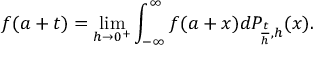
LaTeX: f ( a + t ) = \operatorname* { l i m } _ { h \to 0 ^ { + } } \int _ { - \infty } ^ { \infty } f ( a + x ) d P _ { { \frac { t } { h } } , h } ( x ) .